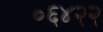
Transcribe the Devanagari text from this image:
०६४२२